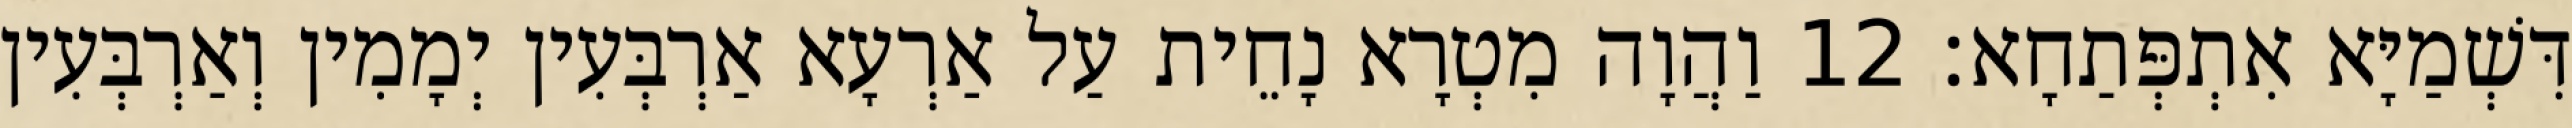
דִּשְׁמַיָּא אִתְפְּתַחָא׃ 12 וַהֲוָה מִטְרָא נָחֵית עַל אַרְעָא אַרְבְּעִין יְמָמִין וְאַרְבְּעִין